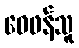
ဝေဖန်သူ